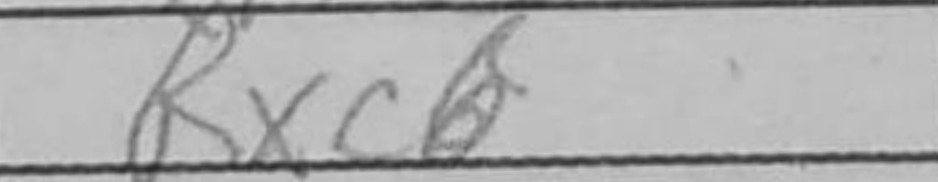
Transcription: Rxc6